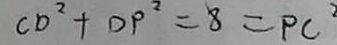
C D ^ { 2 } + D P ^ { 2 } = 8 = P C ^ { 2 }